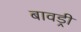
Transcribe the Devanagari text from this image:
बावड्री